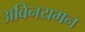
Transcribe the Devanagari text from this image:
अविनयमन